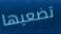
تضعيها